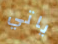
ياتي